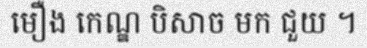
មឿង កេណ្ឌ បិសាច មក ជួយ ។